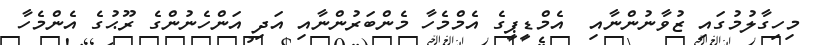
މިހިގާލުމުގައި ޒުވާނުންނާއި  އެމްޑީޕީގެ އެމްމެހާ މެންބަރުންނާއި އަދި އަންހެނުންގެ ރޫޙުގެ އެންމެހާ